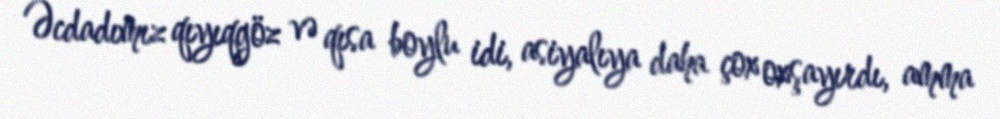
Əcdadımız qıyıqgöz və qısa boylu idi, asiyalıya daha çox oxşayırdı, amma